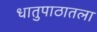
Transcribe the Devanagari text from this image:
धातुपाठातला